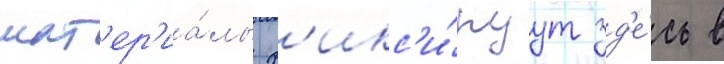
мат'ер'иа́лы ф'икс'и́руут зд'е́сь в